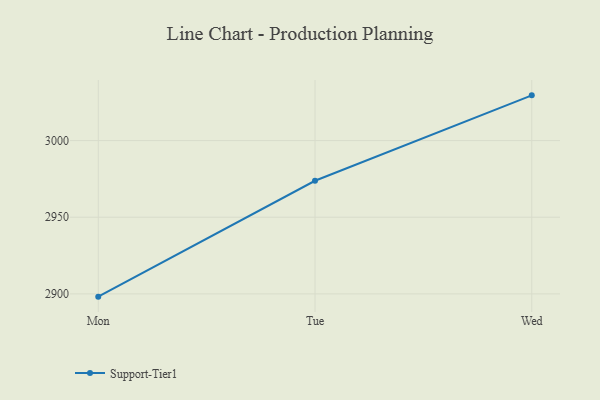
{"axis": {"x": "Day", "y": "LTV (USD)"}, "legend": ["Support-Tier1"], "data": [{"x": "Mon", "y": 2898.2, "type": "Support-Tier1"}, {"x": "Tue", "y": 2973.8, "type": "Support-Tier1"}, {"x": "Wed", "y": 3029.5, "type": "Support-Tier1"}]}